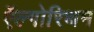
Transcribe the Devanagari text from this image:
ऍल्गोरिथम